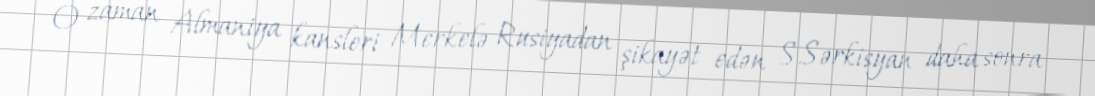
O zaman Almaniya kansleri Merkelə Rusiyadan şikayət edən S.Sərkisyan daha sonra